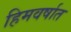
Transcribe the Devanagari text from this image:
हिमवर्षात